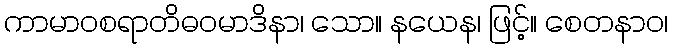
ကာမာဝစရာတိဓဝမာဒိနာ၊ သော။ နယေန၊ ဖြင့်။ စေတနာဝ၊